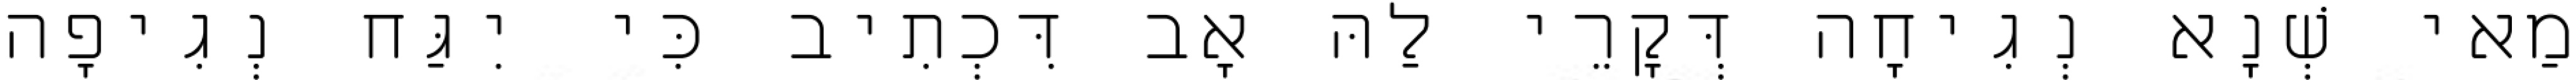
מַאי שְׁנָא נְגִיחָה דְּקָרֵי לַהּ אָב דִּכְתִיב כִּי יִגַּח נְגִיפָה